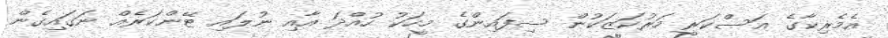
އެމެރިކާގެ އަސްކަރީ މަރުކަޒަކުން ސިފައިންގެ މީހަކު ހުއްދަ އާއި ނުލައި ޓޭންކަރެއް ނަގައިގެން